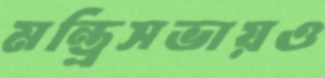
মন্ত্রিসভায়ও